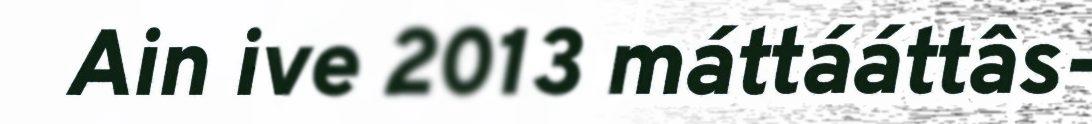
Ain ive 2013 máttááttâs-